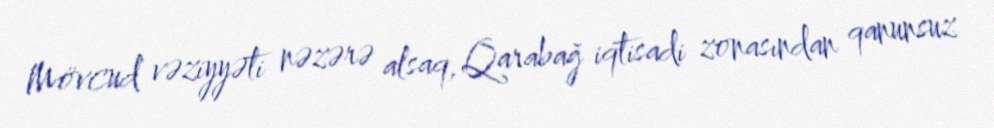
Mövcud vəziyyəti nəzərə alsaq, Qarabağ iqtisadi zonasından qanunsuz